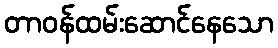
တာဝန်ထမ်းဆောင်နေသော